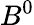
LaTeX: B^{0}